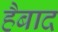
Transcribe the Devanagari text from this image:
हैबाद